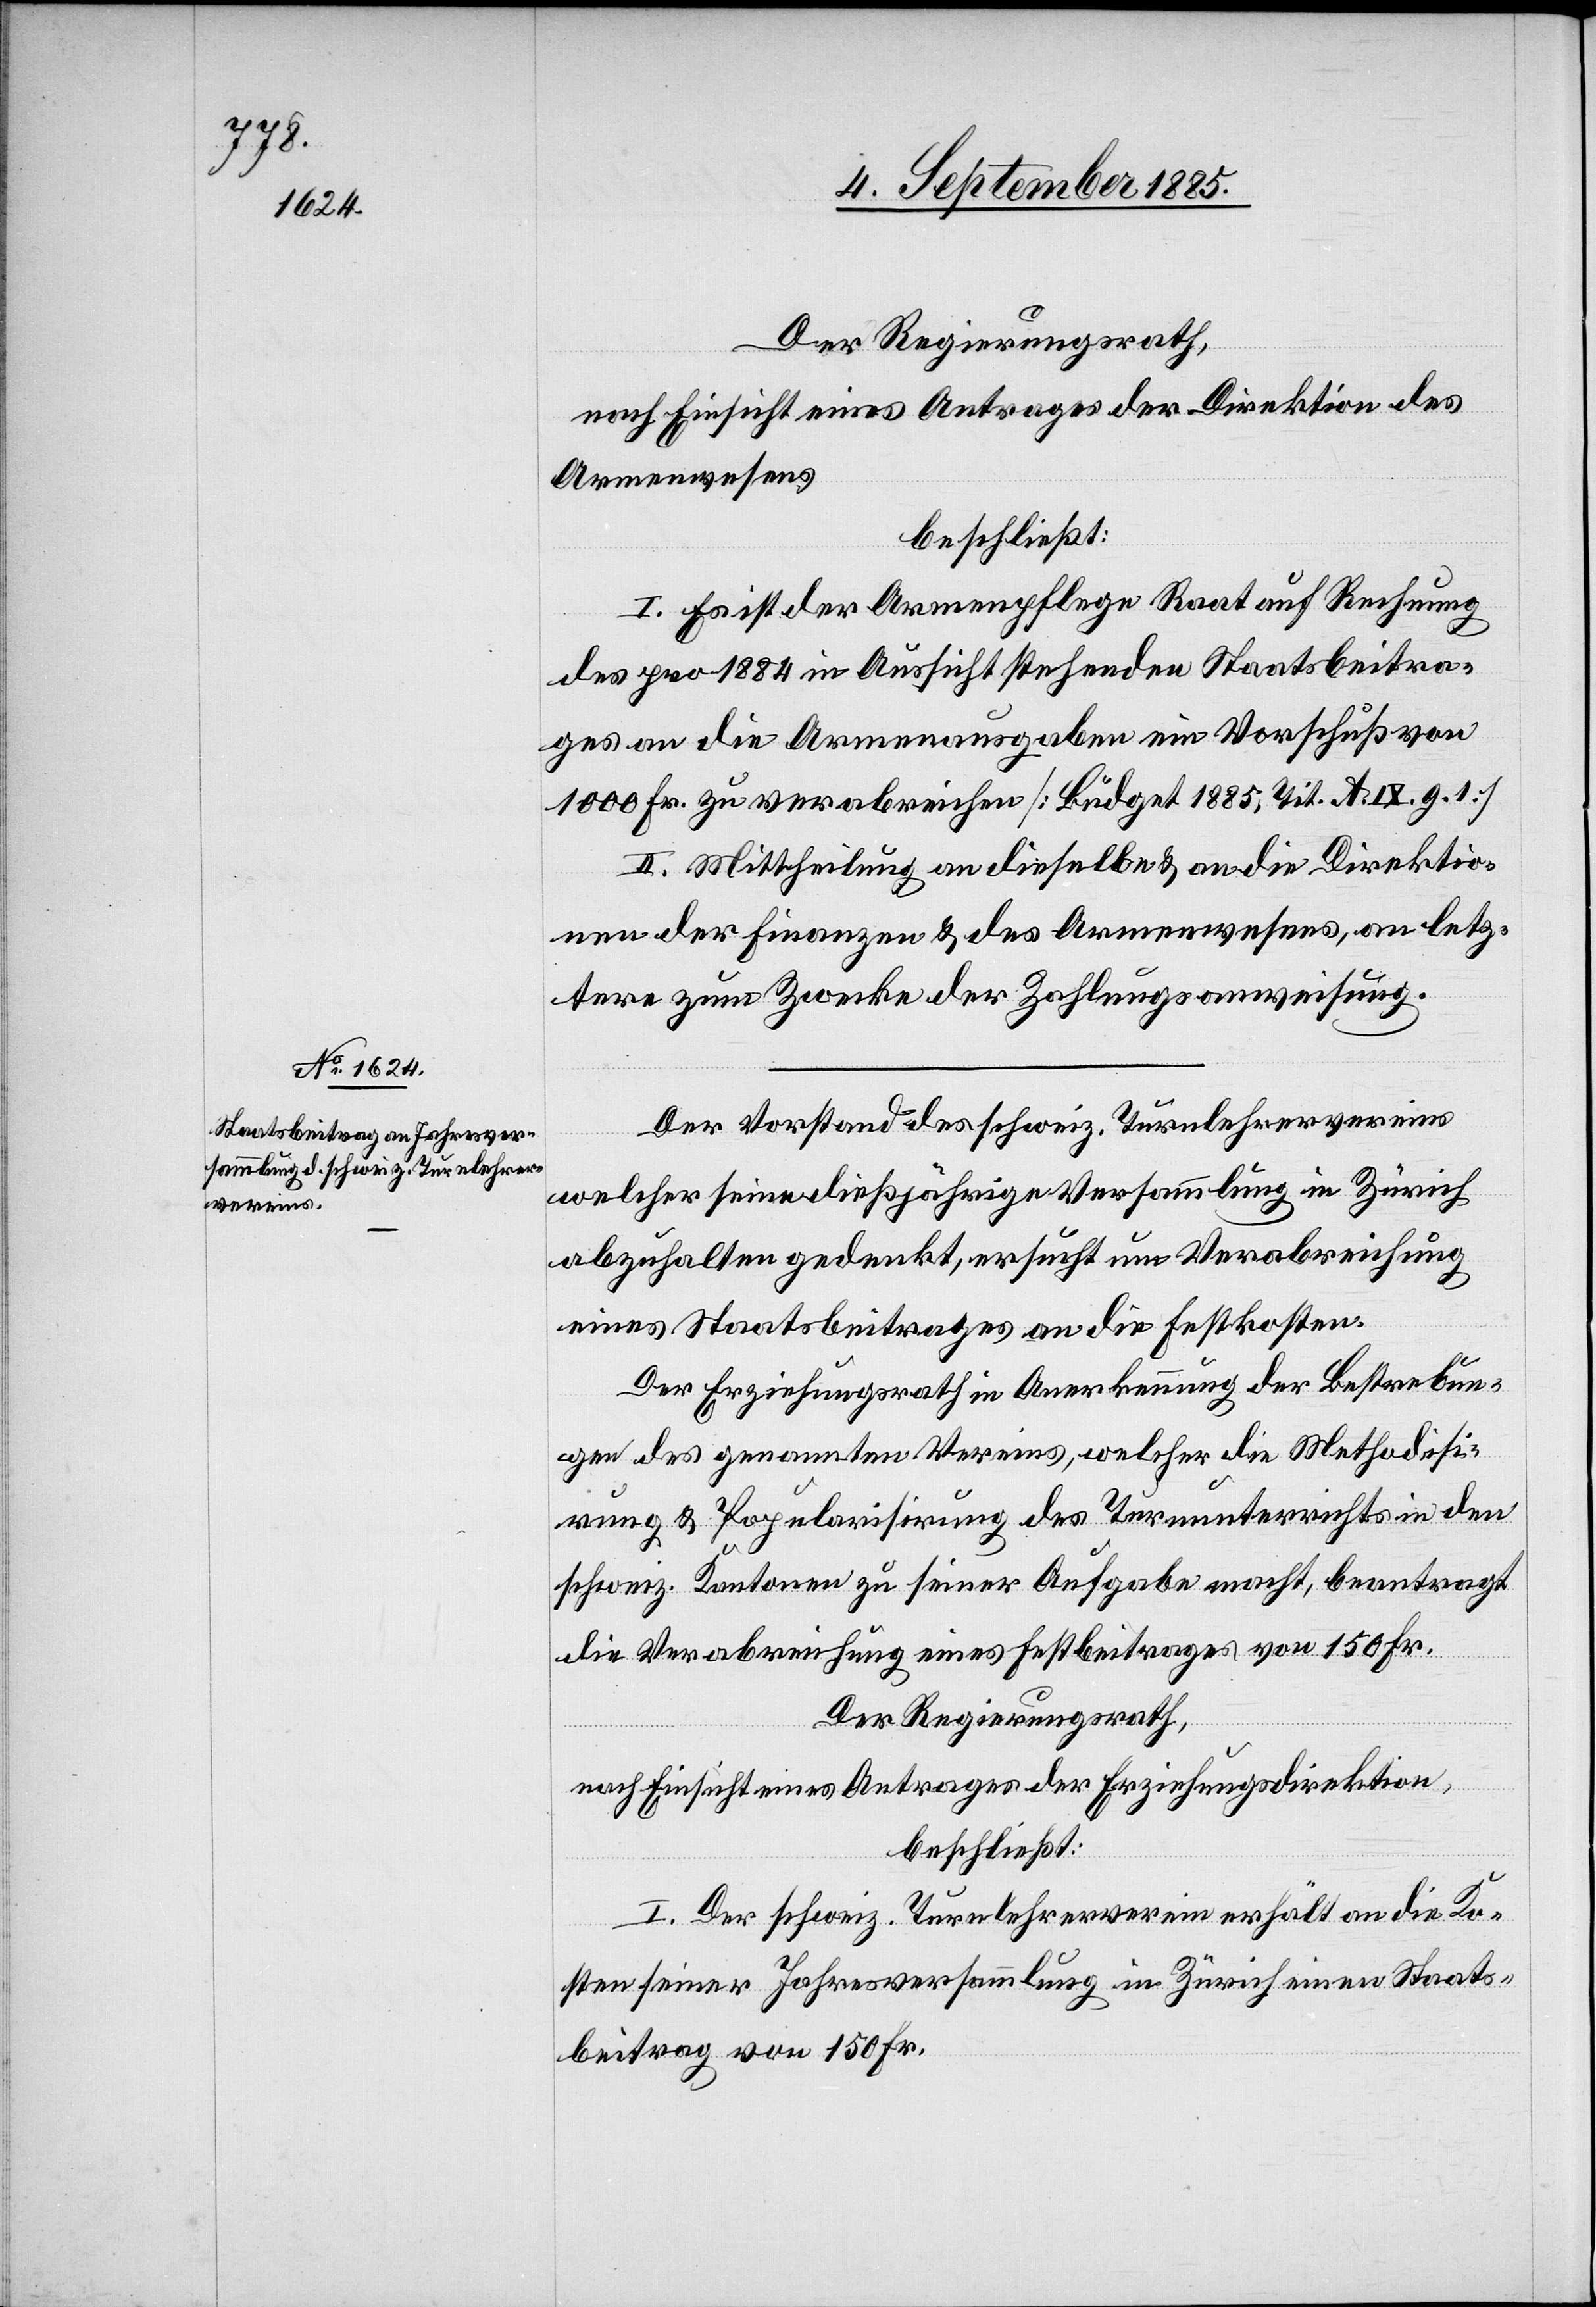
Der Regierungsrath,
nach Einsicht eines Antrages der Direktion des
Armenwesens
beschließt:
I. Es ist der Armenpflege Raat auf Rechnung
des pro 1884 in Aussicht stehenden Staatsbeitra¬
ges an die Armenausgaben ein Vorschuß von
1000 Fr. zu verabreichen [Budget 1885, Tit. A. IX. g. 1.]
II. Mittheilung an dieselbe & an die Direktio¬
nen der Finanzen & des Armenwesens, an letz¬
tere zum Zwecke der Zahlungsanweisung.
Der Vorstand des schweiz. Turnlehrervereins
welcher seine dießjährige Versammlung in Zürich
abzuhalten gedenkt, ersucht um Verabreichung
eines Staatsbeitrages an die Festkosten.
Der Erziehungsrath in Anerkennung der Bestrebun¬
gen des genannten Vereins, welcher die Methodisi¬
rung & Popularisirung des Turnunterrichts in den
schweiz. Kantonen zu seiner Aufgabe macht, beantragt
die Verabreichung eines Festbeitrages von 150 Fr.
Der Regierungsrath,
nach Einsicht eines Antrages der Erziehungsdirektion
beschließt:
I. Der schweiz. Turnlehrerverein erhält an die Ko¬
sten seiner Jahresversammlung in Zürich einen Staats¬
beitrag von 150 Fr.